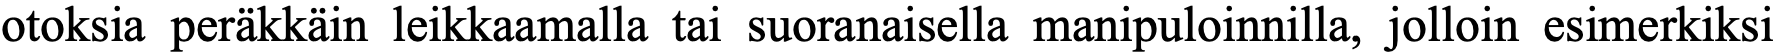
otoksia peräkkäin leikkaamalla tai suoranaisella manipuloinnilla, jolloin esimerkiksi